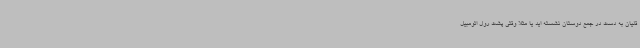
قلیان به دست در جمع دوستان نشسته اید یا مثلا وقتی پشت رول اتومبیل